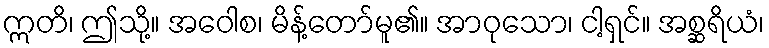
ဣတိ၊ ဤသို့။ အဝေါစ၊ မိန့်တော်မူ၏။ အာဝုသော၊ ငါ့ရှင်။ အစ္ဆရိယံ၊